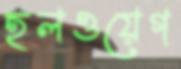
হলওয়েগ